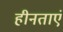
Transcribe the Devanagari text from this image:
हीनताएं